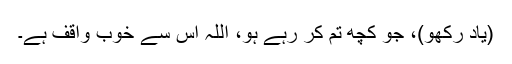
(یاد رکھو)، جو کچھ تم کر رہے ہو، اللہ اُس سے خوب واقف ہے۔